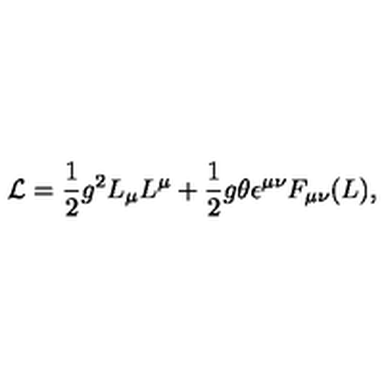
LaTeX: { \cal L } = \frac { 1 } { 2 } g ^ { 2 } L _ { \mu } L ^ { \mu } + \frac { 1 } { 2 } g \theta \epsilon ^ { \mu \nu } F _ { \mu \nu } ( L ) ,